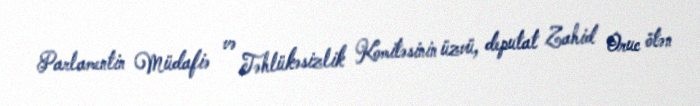
Parlamentin Müdafiə və Təhlükəsizlik Komitəsinin üzvü, deputat Zahid Oruc ötən